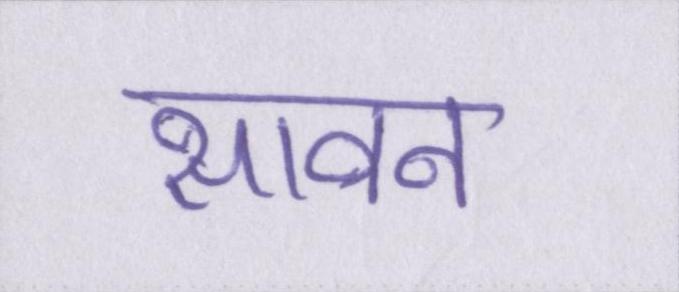
सावन